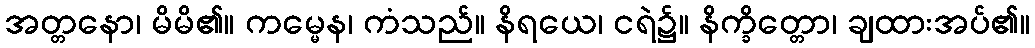
အတ္တနော၊ မိမိ၏။ ကမ္မေန၊ ကံသည်။ နိရယေ၊ ငရဲ၌။ နိက္ခိတ္တော၊ ချထားအပ်၏။